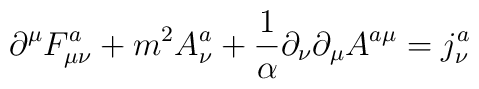
\partial ^\mu F_{\mu \nu }^a+m^2A_\nu ^a+\frac 1\alpha \partial _\nu\partial _\mu A^{a\mu }=j_\nu ^a